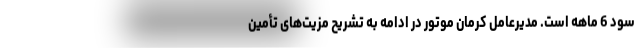
سود 6 ماهه است. مدیرعامل کرمان موتور در ادامه به تشریح مزیت‌های تأمین